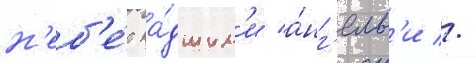
н'еб'е́с па́дшим'и а́нг'елам'и //